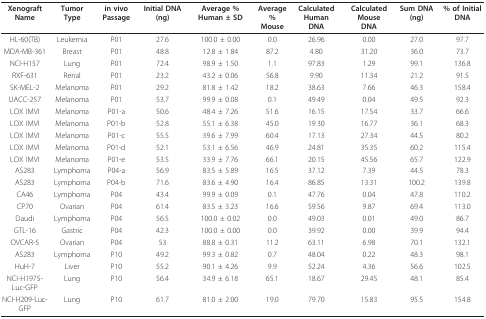
<table><thead><tr><td><b>Xenograft Name</b></td><td><b>TumorType</b></td><td><b>in vivo Passage</b></td><td><b>Initial DNA (ng)</b></td><td><b>Average % Human ± SD</b></td><td><b>Average% Mouse</b></td><td><b>Calculated HumanDNA</b></td><td><b>Calculated MouseDNA</b></td><td><b>Sum DNA (ng)</b></td><td><b>% of Initial DNA</b></td></tr></thead><tbody><tr><td>HL-60(TB)</td><td>Leukemia</td><td>P01</td><td>27.6</td><td>100.0 ± 0.00</td><td>0.0</td><td>26.96</td><td>0.00</td><td>27.0</td><td>97.7</td></tr><tr><td>MDA-MB-361</td><td>Breast</td><td>P01</td><td>48.8</td><td>12.8 ± 1.84</td><td>87.2</td><td>4.80</td><td>31.20</td><td>36.0</td><td>73.7</td></tr><tr><td>NCI-H157</td><td>Lung</td><td>P01</td><td>72.4</td><td>98.9 ± 1.50</td><td>1.1</td><td>97.83</td><td>1.29</td><td>99.1</td><td>136.8</td></tr><tr><td>RXF-631</td><td>Renal</td><td>P01</td><td>23.2</td><td>43.2 ± 0.06</td><td>56.8</td><td>9.90</td><td>11.34</td><td>21.2</td><td>91.5</td></tr><tr><td>SK-MEL-2</td><td>Melanoma</td><td>P01</td><td>29.2</td><td>81.8 ± 1.42</td><td>18.2</td><td>38.63</td><td>7.66</td><td>46.3</td><td>158.4</td></tr><tr><td>UACC-257</td><td>Melanoma</td><td>P01</td><td>53.7</td><td>99.9 ± 0.08</td><td>0.1</td><td>49.49</td><td>0.04</td><td>49.5</td><td>92.3</td></tr><tr><td>LOX IMVI</td><td>Melanoma</td><td>P01-a</td><td>50.6</td><td>48.4 ± 7.26</td><td>51.6</td><td>16.15</td><td>17.54</td><td>33.7</td><td>66.6</td></tr><tr><td>LOX IMVI</td><td>Melanoma</td><td>P01-b</td><td>52.8</td><td>55.1 ± 6.38</td><td>45.0</td><td>19.30</td><td>16.77</td><td>36.1</td><td>68.3</td></tr><tr><td>LOX IMVI</td><td>Melanoma</td><td>P01-c</td><td>55.5</td><td>39.6 ± 7.99</td><td>60.4</td><td>17.13</td><td>27.34</td><td>44.5</td><td>80.2</td></tr><tr><td>LOX IMVI</td><td>Melanoma</td><td>P01-d</td><td>52.1</td><td>53.1 ± 6.56</td><td>46.9</td><td>24.81</td><td>35.35</td><td>60.2</td><td>115.4</td></tr><tr><td>LOX IMVI</td><td>Melanoma</td><td>P01-e</td><td>53.5</td><td>33.9 ± 7.76</td><td>66.1</td><td>20.15</td><td>45.56</td><td>65.7</td><td>122.9</td></tr><tr><td>AS283</td><td>Lymphoma</td><td>P04-a</td><td>56.9</td><td>83.5 ± 5.89</td><td>16.5</td><td>37.12</td><td>7.39</td><td>44.5</td><td>78.3</td></tr><tr><td>AS283</td><td>Lymphoma</td><td>P04-b</td><td>71.6</td><td>83.6 ± 4.90</td><td>16.4</td><td>86.85</td><td>13.31</td><td>100.2</td><td>139.8</td></tr><tr><td>CA46</td><td>Lymphoma</td><td>P04</td><td>43.4</td><td>99.9 ± 0.09</td><td>0.1</td><td>47.76</td><td>0.04</td><td>47.8</td><td>110.2</td></tr><tr><td>CP70</td><td>Ovarian</td><td>P04</td><td>61.4</td><td>83.5 ± 3.23</td><td>16.6</td><td>59.56</td><td>9.87</td><td>69.4</td><td>113.0</td></tr><tr><td>Daudi</td><td>Lymphoma</td><td>P04</td><td>56.5</td><td>100.0 ± 0.02</td><td>0.0</td><td>49.03</td><td>0.01</td><td>49.0</td><td>86.7</td></tr><tr><td>GTL-16</td><td>Gastric</td><td>P04</td><td>42.3</td><td>100.0 ± 0.00</td><td>0.0</td><td>39.92</td><td>0.00</td><td>39.9</td><td>94.4</td></tr><tr><td>OVCAR-5</td><td>Ovarian</td><td>P04</td><td>53</td><td>88.8 ± 0.31</td><td>11.2</td><td>63.11</td><td>6.98</td><td>70.1</td><td>132.1</td></tr><tr><td>AS283</td><td>Lymphoma</td><td>P10</td><td>49.2</td><td>99.3 ± 0.82</td><td>0.7</td><td>48.04</td><td>0.22</td><td>48.3</td><td>98.1</td></tr><tr><td>HuH-7</td><td>Liver</td><td>P10</td><td>55.2</td><td>90.1 ± 4.26</td><td>9.9</td><td>52.24</td><td>4.36</td><td>56.6</td><td>102.5</td></tr><tr><td>NCI-H1975-Luc-GFP</td><td>Lung</td><td>P10</td><td>56.4</td><td>34.9 ± 6.18</td><td>65.1</td><td>18.67</td><td>29.45</td><td>48.1</td><td>85.4</td></tr><tr><td>NCI-H209-Luc-GFP</td><td>Lung</td><td>P10</td><td>61.7</td><td>81.0 ± 2.00</td><td>19.0</td><td>79.70</td><td>15.83</td><td>95.5</td><td>154.8</td></tr></tbody></table>